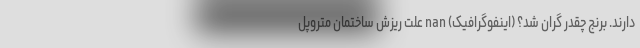
دارند. برنج چقدر گران شد؟ (اینفوگرافیک) nan علت ریزش ساختمان متروپل